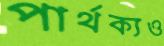
পার্থক্যও